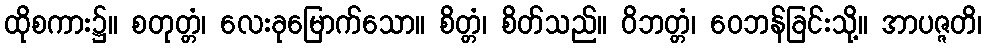
ထိုစကား၌။ စတုတ္တံ၊ လေးခုမြောက်သော။ စိတ္တံ၊ စိတ်သည်။ ဝိဘတ္တံ၊ ဝေဘန်ခြင်းသို့။ အာပဇ္ဇတိ၊